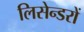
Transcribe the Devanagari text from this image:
लिसेन्डरों